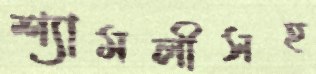
শ্যামলীসহ